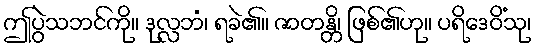
ဤပွဲသဘင်ကို။ ဒုလ္လဘံ၊ ရခဲ၏။ ဇာတန္တိ၊ ဖြစ်၏ဟု။ ပရိဒေဝိံသု၊